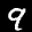
Digit: 9